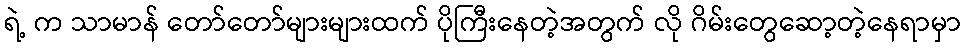
ရဲ့ က သာမာန် တော်တော်များများထက် ပိုကြီးနေတဲ့အတွက် လို ဂိမ်းတွေဆော့တဲ့နေရာမှာ